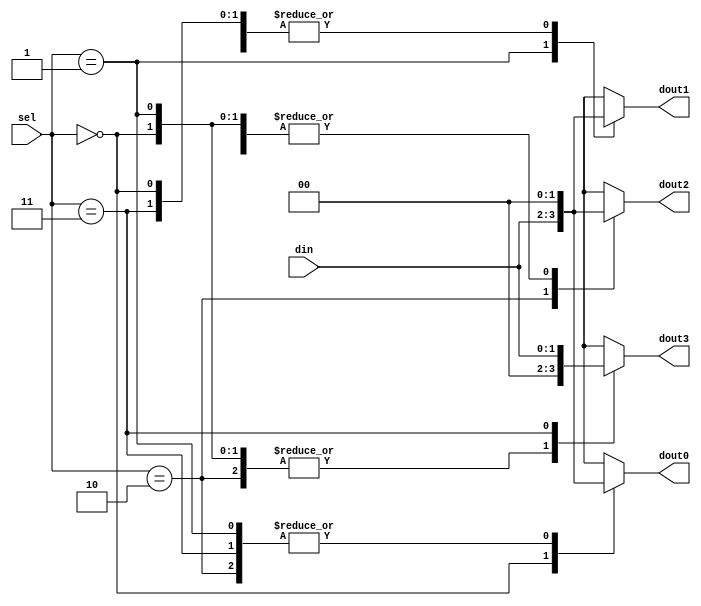

module bN_demux_1_4_case
#(
    parameter   DATA_WIDTH = 2
)(
    input      [DATA_WIDTH-1:0] din,
    input      [           1:0] sel,
    output reg [DATA_WIDTH-1:0] dout0,
    output reg [DATA_WIDTH-1:0] dout1,
    output reg [DATA_WIDTH-1:0] dout2,
    output reg [DATA_WIDTH-1:0] dout3
);
    localparam ZEROS = { DATA_WIDTH { 1'b0 } };

    always @(*) begin
        dout0 = ZEROS;
        dout1 = ZEROS;
        dout2 = ZEROS;
        dout3 = ZEROS;

        case (sel)
             2'b00: dout0 = din;
             2'b01: dout1 = din;
             2'b10: dout2 = din;
             2'b11: dout3 = din;
        endcase
    end
         
endmodule